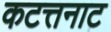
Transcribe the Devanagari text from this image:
कटत्तनाट